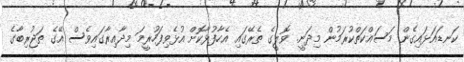
ކަނޑައަޅައިގެން މަސައްކަތްކުރަމުން މިދަނީ. ވޮލީގެ ތެރޭގައި އެހާފުޅާކޮށް އުޅެވިފަހުރީމަ މިދާއިރާގައިވެސް އޭގެ ތަޖުރިބާގެ